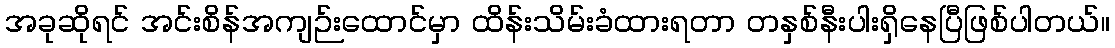
အခုဆိုရင် အင်းစိန်အကျဉ်းထောင်မှာ ထိန်းသိမ်းခံထားရတာ တနှစ်နီးပါးရှိနေပြီဖြစ်ပါတယ်။